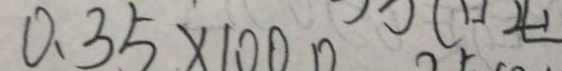
0 . 3 5 \times 1 0 0 0